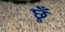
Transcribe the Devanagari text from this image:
छूँ